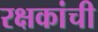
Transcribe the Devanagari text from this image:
रक्षकांची